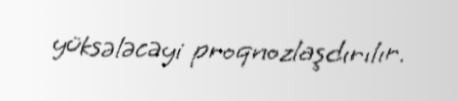
yüksələcəyi proqnozlaşdırılır.